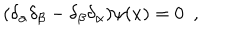
( \delta _ { \alpha } \delta _ { \beta } - \delta _ { \beta } \delta _ { \alpha } ) \psi ( x ) = 0 \, \, \, ,